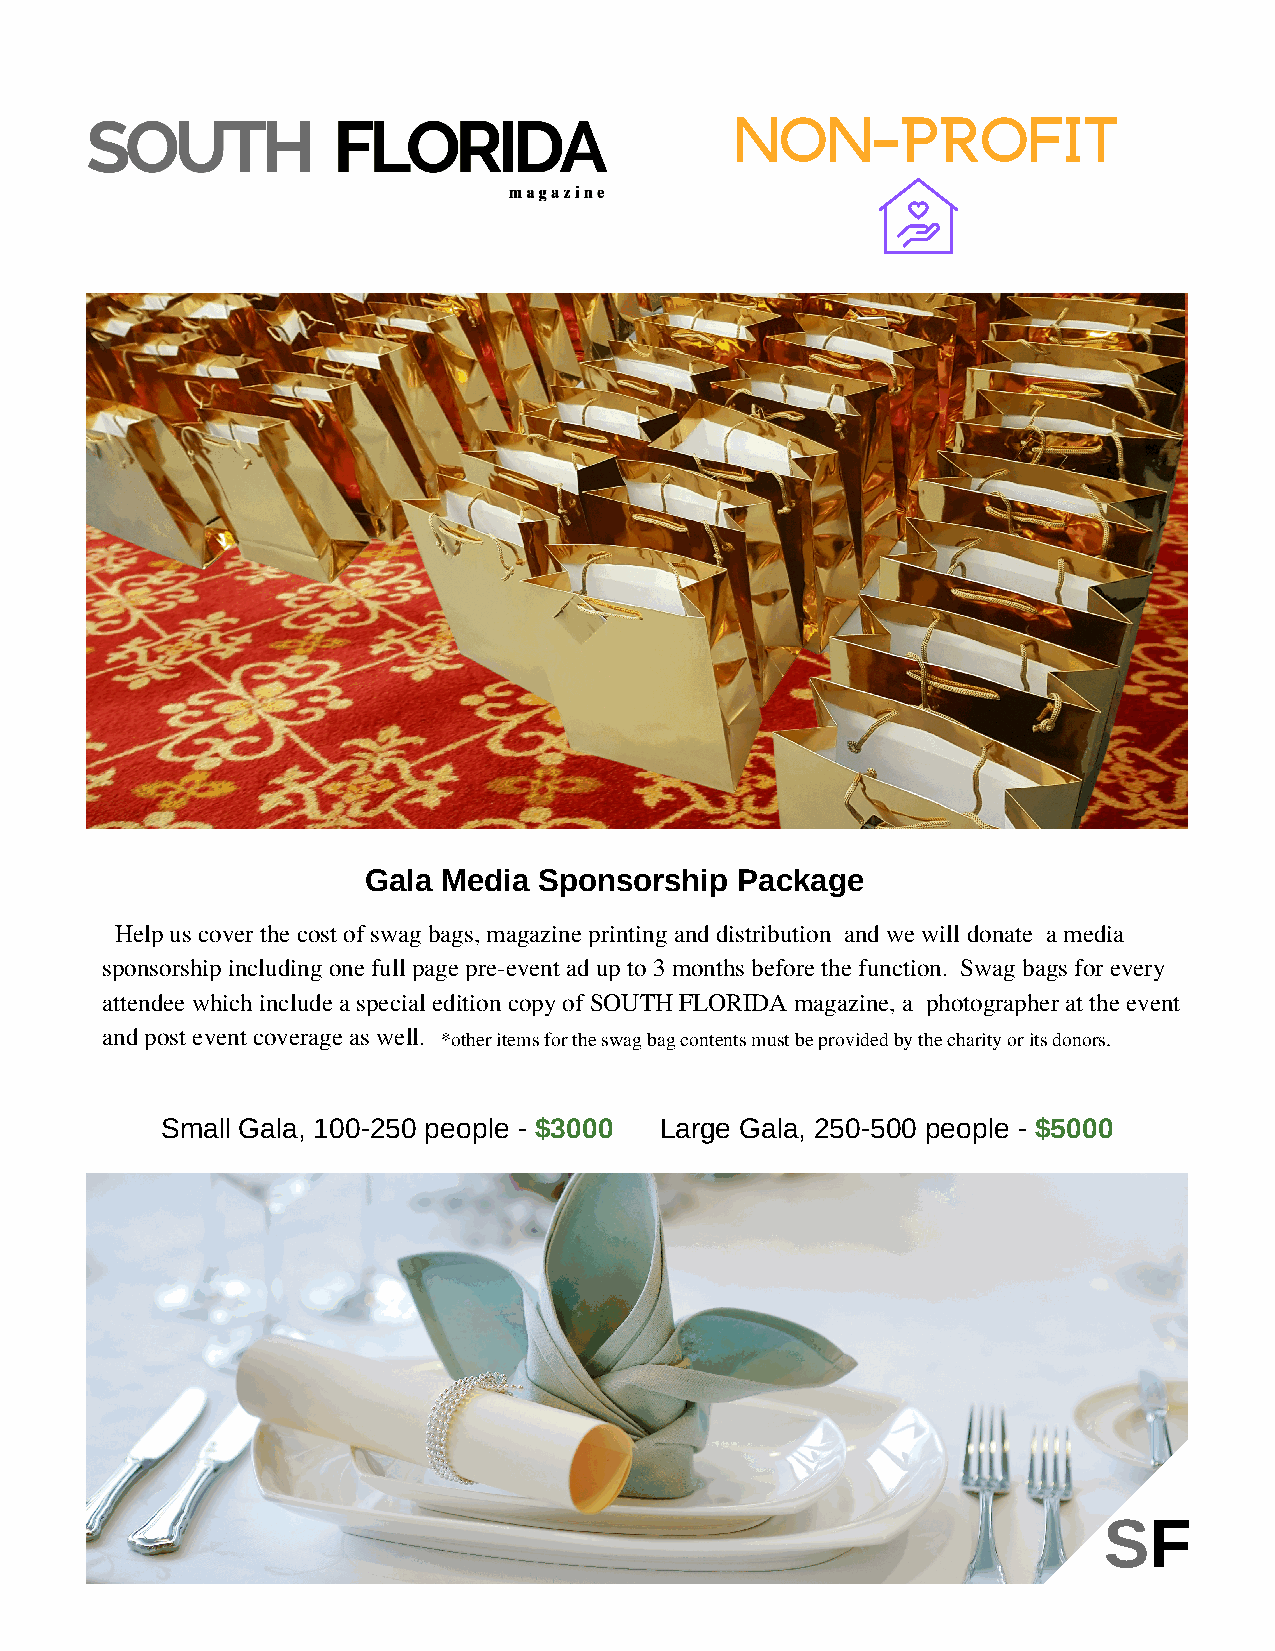
non-profit
 Gala Media  Sponsorship  Package
 Help us cover the cost of swag bags, magazine printing and distribution and we will donate a media
 sponsorship including one full page pre-event ad up to 3 months before the function. Swag bags for every
 attendee which include a special edition copy of SOUTH FLORIDA magazine, a photographer at the event
 and post event coverage as well. *other items for the swag bag contents must be provided by the charity or its donors.
 Small Gala, 100-250 people - $3000 Large Gala, 250-500 people - $5000
 SF
 SF